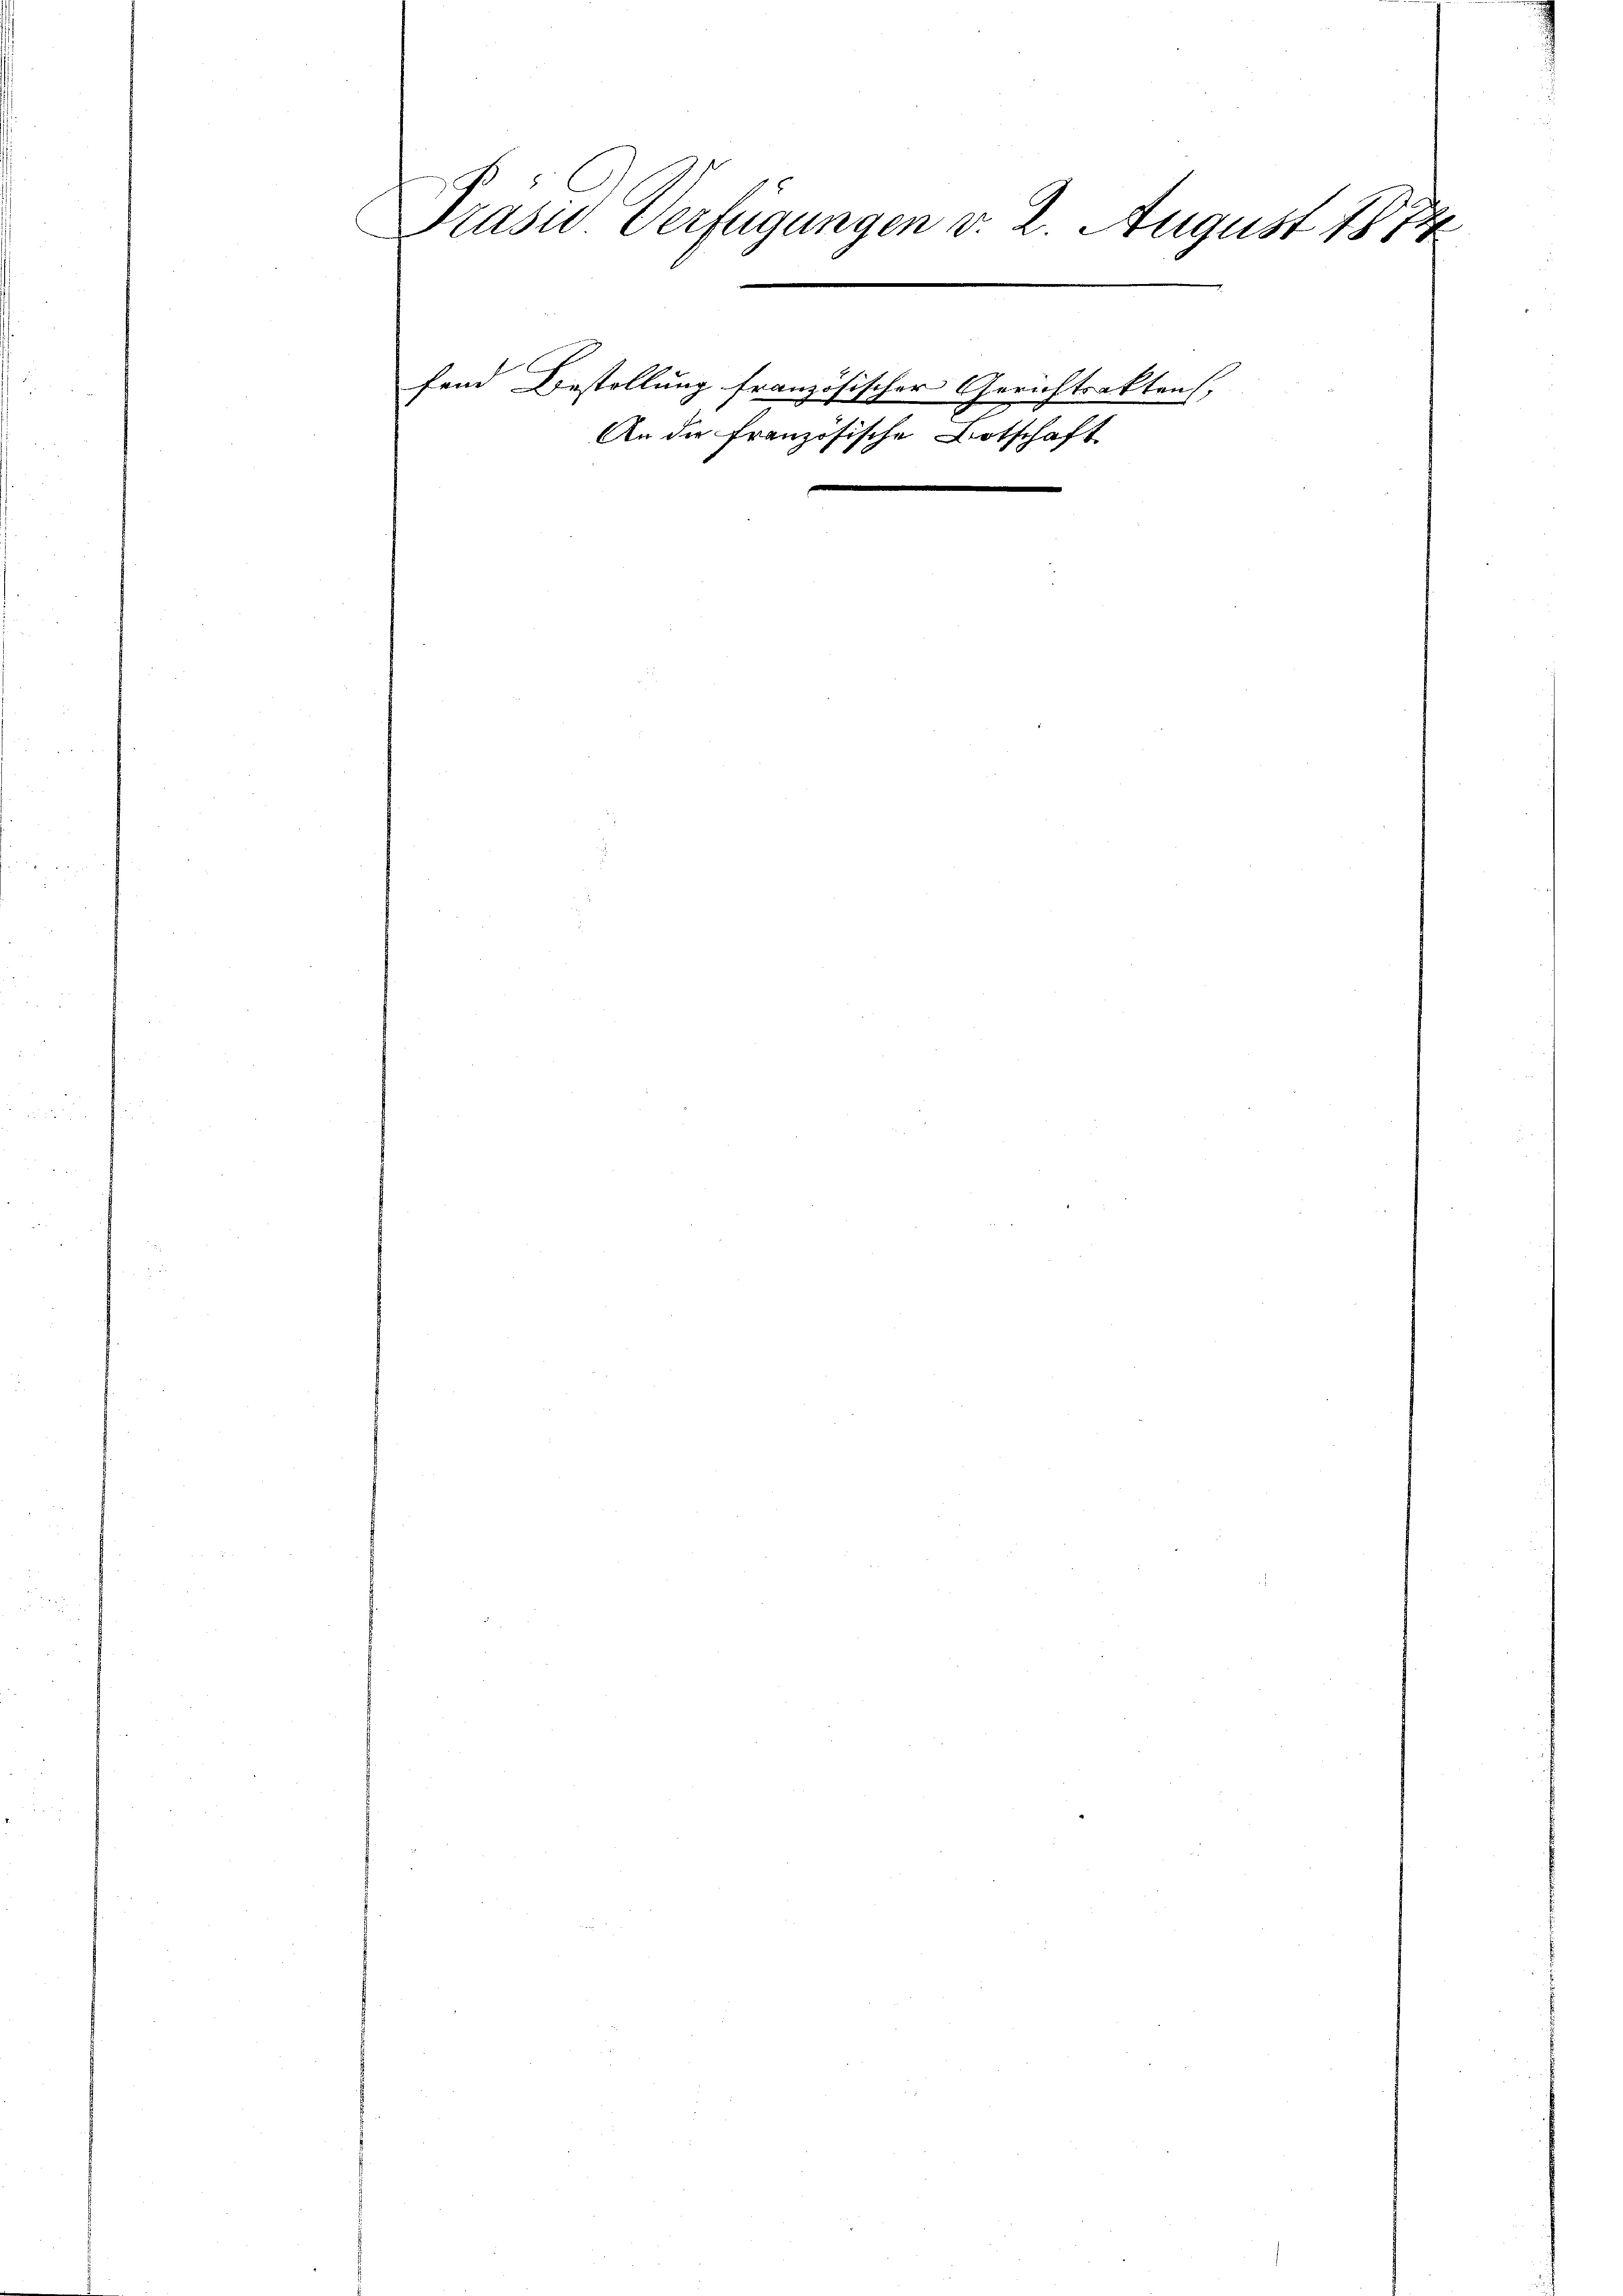
Präsu Verfügungen v. 2. August 1874

fend Bestellung französischer Gerichtsakten,
An die französische Botschaft